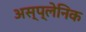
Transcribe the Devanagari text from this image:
अस्प्लेनिक